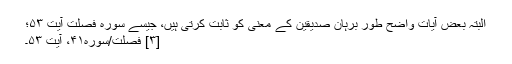
البتہ بعض آیات واضح طور برہان صدیقین کے معنی کو ثابت کرتی ہیں، جیسے سوره فصلت آیت ۵۳؛
[۳] فصّلت/سوره۴۱، آیت ۵۳۔